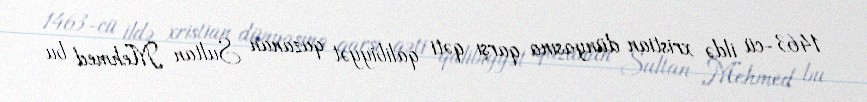
1463-cü ildə xristian dünyasına qarşı qəti qalibiyyət qazanan Sultan Mehmed bu